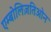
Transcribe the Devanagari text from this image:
एम्बोलिज़तिओन